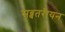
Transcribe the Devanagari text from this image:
सब्बतरीयन